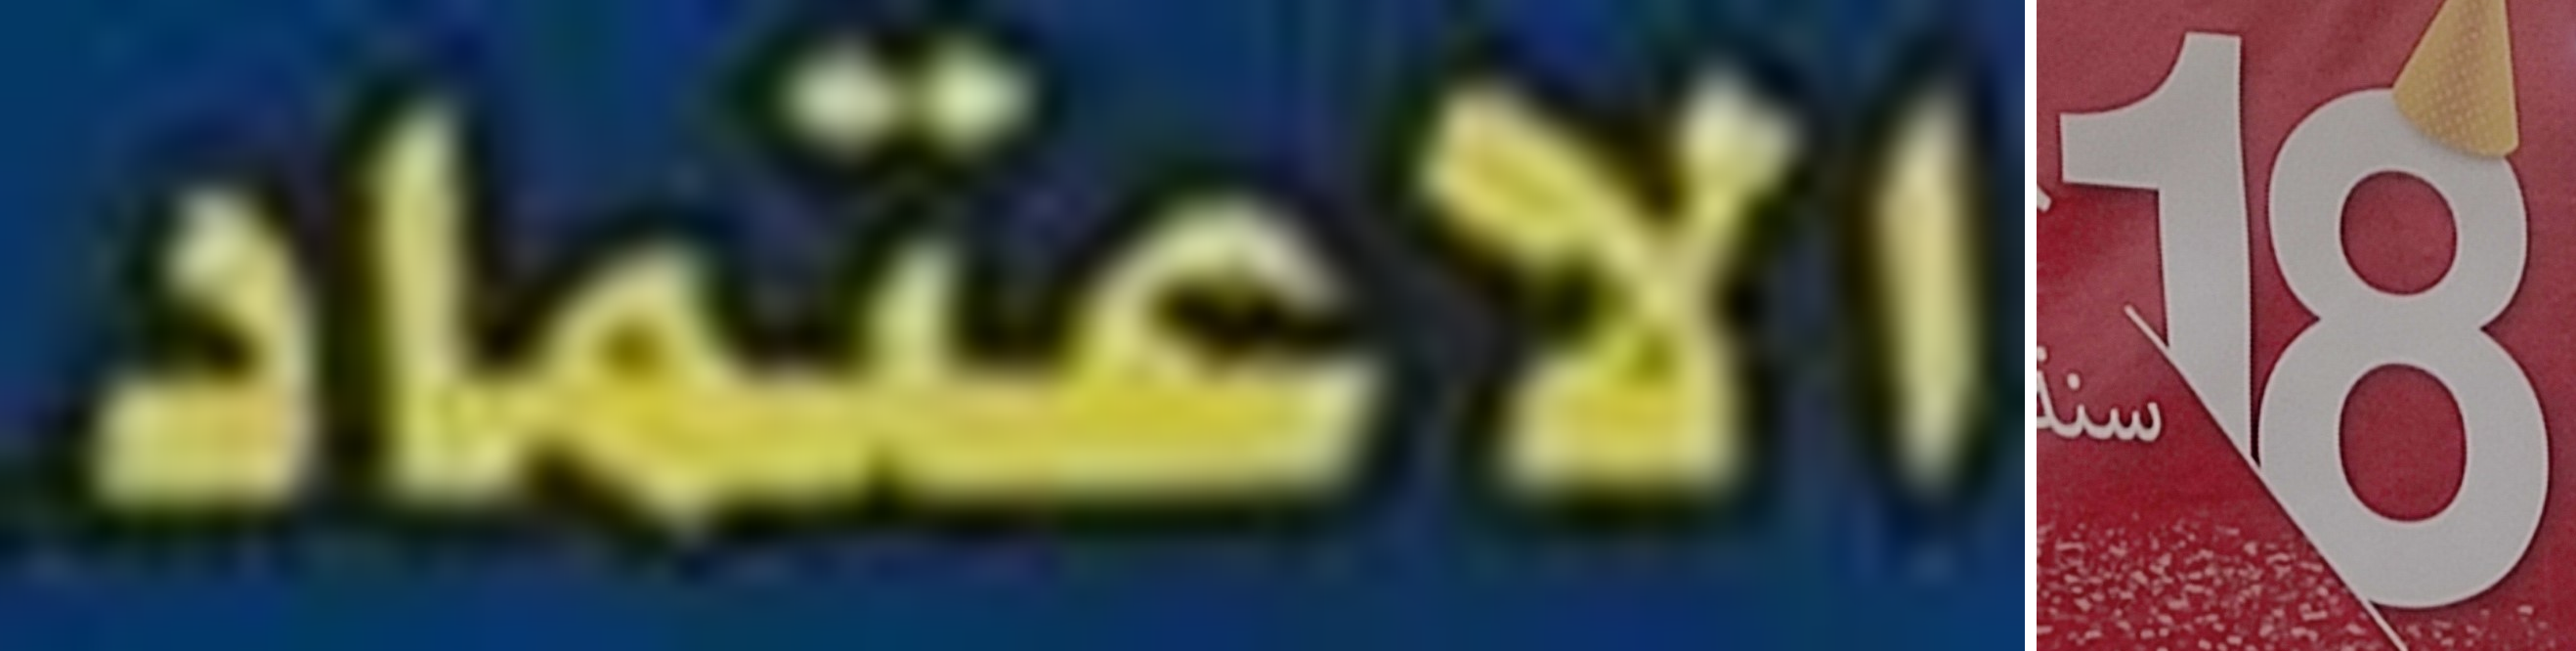
الاعتماد. 18